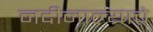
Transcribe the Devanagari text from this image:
नदीनाल्याचे